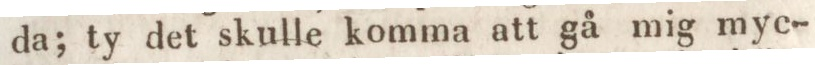
da; ty det skulle komma att gå mig myc-